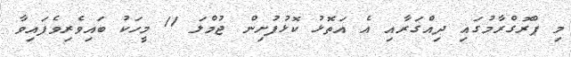
މި ޕްރޮގްރާމުގައި ދިއްގަރާއި އެ އަތޮޅު ކޮޅުފުށިން ޖުމްލަ 11 މީހަކު ބައިވެރިވެފައިވާ